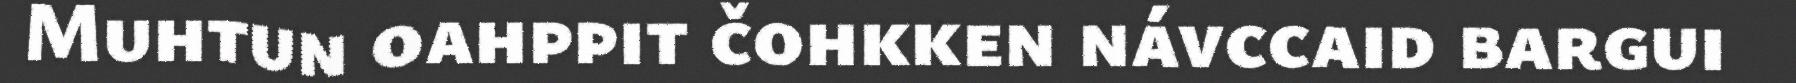
Muhtun oahppit čohkken návccaid bargui